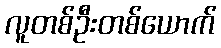
လူတစ်ဦးတစ်ယောက်